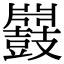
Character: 𪔥